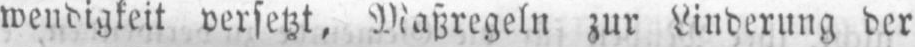
wendigkeit versetzt, Maßregeln zur Linderung der